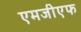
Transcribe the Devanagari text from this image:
एमजीएफ